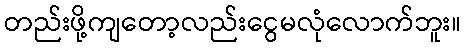
တည်းဖို့ကျတော့လည်းငွေမလုံလောက်ဘူး။